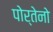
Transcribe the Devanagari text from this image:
पोर्तेनो